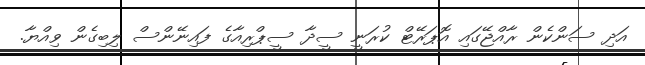
އަދި ސަންކެން ރާއްޖޭގައި އޮޕަރޭޓް ކުރަނީ ސީދާ ސީޕްރިއާގެ ފައިނޭންސް ލިބިގެން ވިއްޔާ.